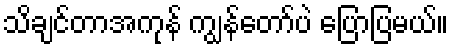
သိချင်တာအကုန် ကျွန်တော်ပဲ ပြောပြမယ်။